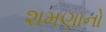
શમણાનો